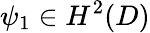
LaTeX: \psi_{1}\in H^{2}(D)